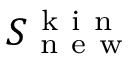
S _ { \mathrm { ~ n ~ e ~ w ~ } } ^ { \mathrm { ~ k ~ i ~ n ~ } }